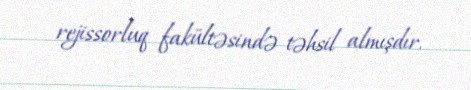
rejissorluq fakültəsində təhsil almışdır.